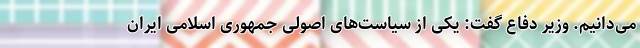
می‌دانیم. وزیر دفاع گفت: یکی از سیاست‌های اصولی جمهوری اسلامی ایران